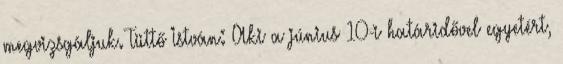
megvizsgáljuk. Tüttő István: Aki a június 10-i határidővel egyetért,